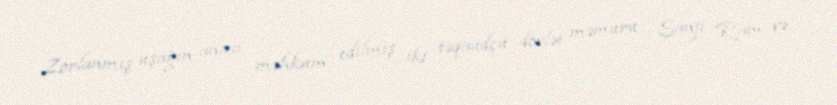
Zorlanmış uşağın anası məhkum edilmiş iki təqaüdçü dövlət məmuru - Sanji Ram və